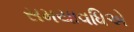
સમયાવધિએ